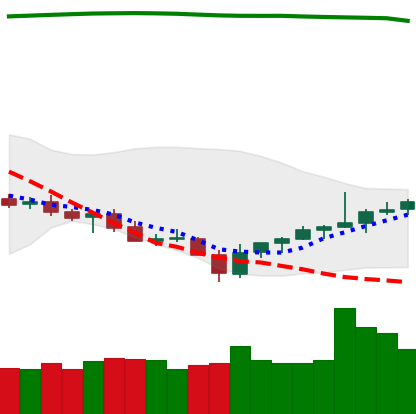
Ticker: TRX-USD
Chart end date: 2021-07-29
Forward return: 3.48%
Label: up_3_5